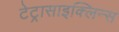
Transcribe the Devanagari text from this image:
टेट्रासाइक्लिन्स